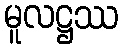
မူလဋ္ဌဿ